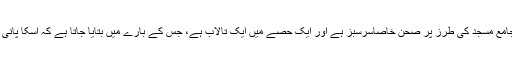
سرینگر کی جامع مسجد کی طرز پر صحن خاصاسرسبز ہے اور ایک حصے میں ایک تالاب ہے، جس کے بارے میں بتایا جاتا ہے کہ اسکا پانی شفا بخش ہے۔